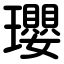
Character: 瓔